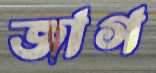
জাগ